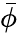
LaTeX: \bar{\phi}